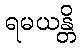
ရမယန္တိ